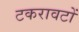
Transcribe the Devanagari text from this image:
टकरावटों